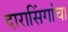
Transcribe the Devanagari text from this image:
दारासिंगांचा